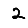
Digit: 2